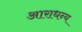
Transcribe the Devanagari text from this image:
आराधन्य